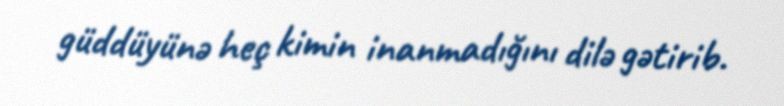
güddüyünə heç kimin inanmadığını dilə gətirib.